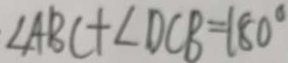
\angle A B C + \angle D C B = 1 8 0 ^ { \circ }